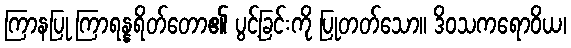
ကြာနပြု ကြာရန္နရိတ်တော၏ ပွင့်ခြင်းကို ပြုတတ်သော။ ဒိဝသကရောဝိယ၊